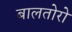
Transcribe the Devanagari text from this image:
बालतोरो